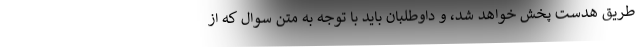
طریق هدست پخش خواهد شد، و داوطلبان باید با توجه به متن سوال که از